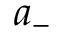
a _ { - }